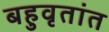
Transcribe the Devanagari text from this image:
बहुवृतांत